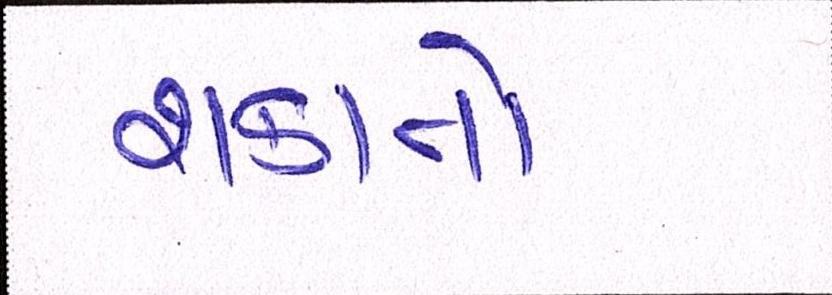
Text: શકાતો